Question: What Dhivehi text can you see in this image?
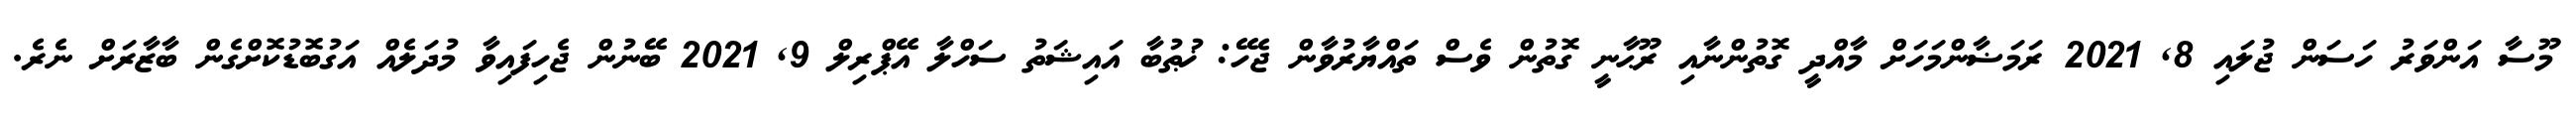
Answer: މޫސާ އަންވަރު ހަސަން ޖުލައި 8, 2021 ރަމަޟާންމަހަށް މާއްދީ ގޮތުންނާއި ރޫޙާނީ ގޮތުން ވެސް ތައްޔާރުވާން ޖެހޭ: ޚުޠުބާ އައިޝަތު ސަހްލާ އޭޕްރިލް 9, 2021 ބޭނުން ޖެހިފައިވާ މުދަލެއް އަގުބޮޑުކޮށްގެން ބާޒާރަށް ނެރެ.